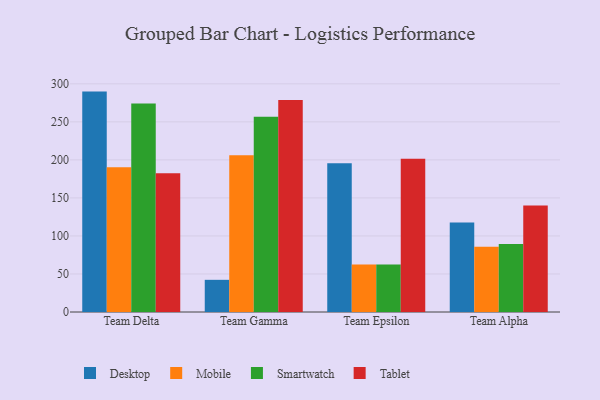
{"axis": {"x": "Team", "y": "Energy Usage (MWh)"}, "legend": ["Desktop", "Mobile", "Smartwatch", "Tablet"], "data": [{"x": "Team Delta", "y": 289.8, "type": "Desktop"}, {"x": "Team Delta", "y": 190.2, "type": "Mobile"}, {"x": "Team Delta", "y": 274.0, "type": "Smartwatch"}, {"x": "Team Delta", "y": 182.3, "type": "Tablet"}, {"x": "Team Gamma", "y": 42.3, "type": "Desktop"}, {"x": "Team Gamma", "y": 206.1, "type": "Mobile"}, {"x": "Team Gamma", "y": 256.6, "type": "Smartwatch"}, {"x": "Team Gamma", "y": 278.6, "type": "Tablet"}, {"x": "Team Epsilon", "y": 195.6, "type": "Desktop"}, {"x": "Team Epsilon", "y": 62.5, "type": "Mobile"}, {"x": "Team Epsilon", "y": 62.3, "type": "Smartwatch"}, {"x": "Team Epsilon", "y": 201.5, "type": "Tablet"}, {"x": "Team Alpha", "y": 117.7, "type": "Desktop"}, {"x": "Team Alpha", "y": 85.9, "type": "Mobile"}, {"x": "Team Alpha", "y": 89.3, "type": "Smartwatch"}, {"x": "Team Alpha", "y": 140.1, "type": "Tablet"}]}